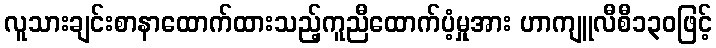
လူသားချင်းစာနာထောက်ထားသည့်ကူညီထောက်ပံ့မှုအား ဟာကျူလီစီ၁၃၀ဖြင့်